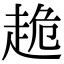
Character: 𧻜